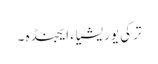
ترکی یوریشیاء ایجنڈہ ۔